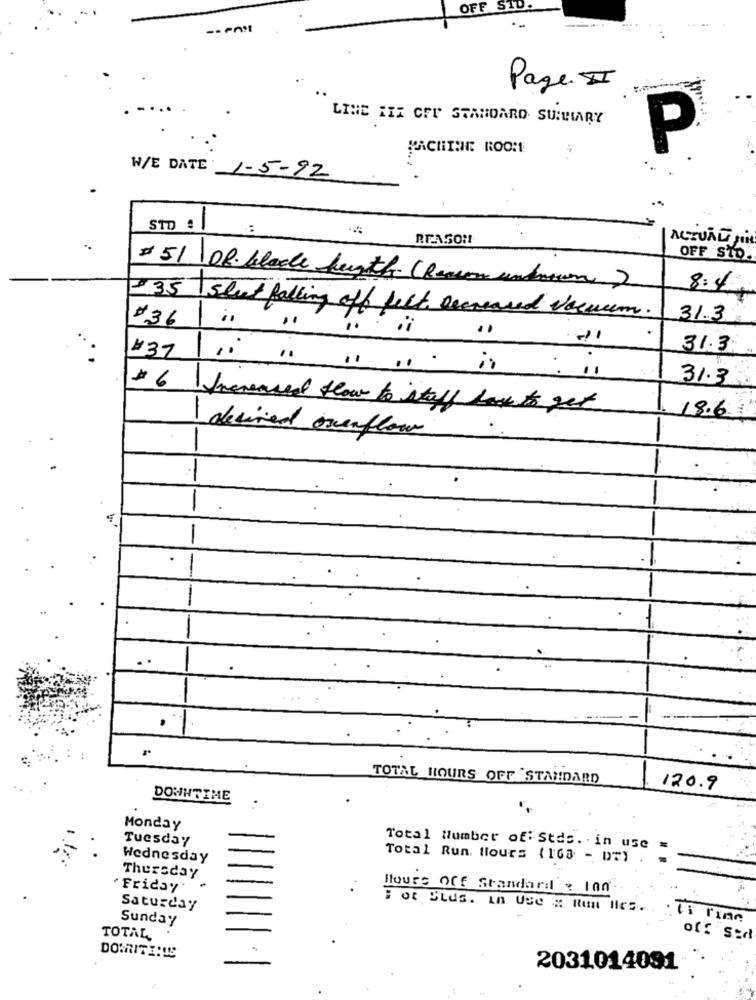
OFF STD.
Page. I
LINE FIX CFP STANDARD SURWIARY
P
W/E DATE: 1-5-92
STO .
ACTUALI FOR
OFF STO
-35
#51 De blode fugth. (Reason underen)
8:4
slet falling off felt Decreased vacuum.
#36
31.3
31.3
#37
: 11
31.3
# 6
Increased flow to istall back to get
18.6
desined overflow
-
---
-
-
.
-
-
TOTAL HOURS OFF "STANDARD
120.9
DOWNTIME
Monday
Tuesday
Total Number of: Stds. in use
Wednesday
Total Run. tlours (163 - DET
Thursday
Friday
Blouse Off Standard : 100.
Saturday
Sunday
li line
TOTAL
2031014091